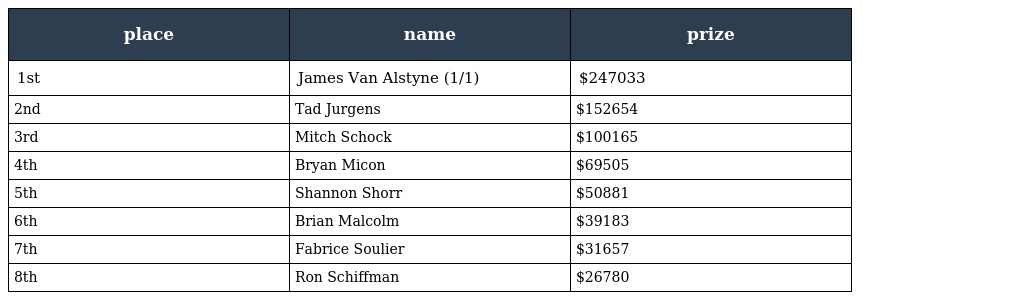
| place | name | prize |
 | --- | --- | --- |
 | 1st | James Van Alstyne (1/1) | $247033 |
 | 2nd | Tad Jurgens | $152654 |
 | 3rd | Mitch Schock | $100165 |
 | 4th | Bryan Micon | $69505 |
 | 5th | Shannon Shorr | $50881 |
 | 6th | Brian Malcolm | $39183 |
 | 7th | Fabrice Soulier | $31657 |
 | 8th | Ron Schiffman | $26780 |